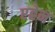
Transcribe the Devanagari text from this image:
एह्रेन